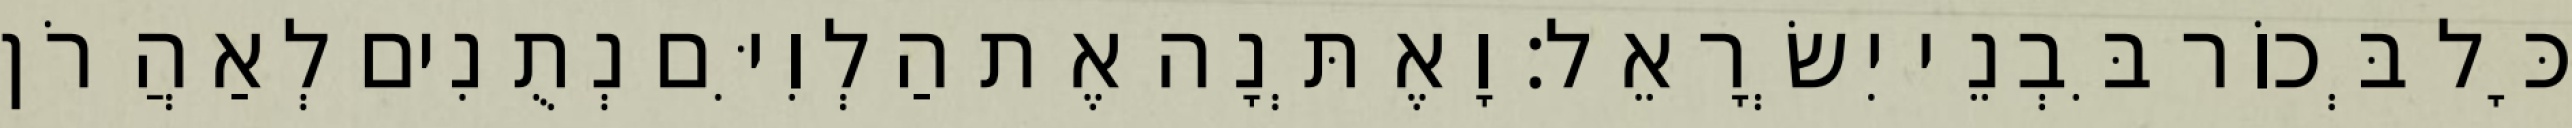
כָּל בְּכוֹר בִּבְנֵי יִשְׂרָאֵל׃ וָאֶתְּנָה אֶת הַלְוִיִּם נְתֻנִים לְאַהֲרֹן